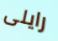
رايلى